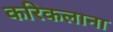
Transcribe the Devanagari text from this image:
करिकलाना